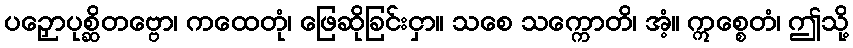
ပဉှောပုစ္ဆိတဗ္ဗော၊ ကထေတုံ၊ ဖြေဆိုခြင်းငှာ။ သစေ သက္ကောတိ၊ အံ့။ ဣစ္စေတံ၊ ဤသို့